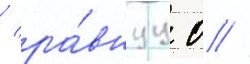
/ ра́внуу 0 //